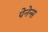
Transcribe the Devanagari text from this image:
पेनेन्स